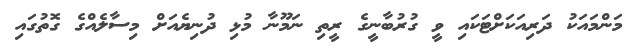
މަންމައަކު ދަރިއަކަށްޓަކައި ވީ ގުރުބާނީގެ ރީތި ނަމޫނާ މުޅި ދުނިޔެއަށް މިސާލެއްގެ ގޮތުގައި